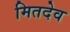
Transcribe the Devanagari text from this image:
मितदेव